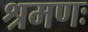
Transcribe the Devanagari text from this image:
श्रमणः